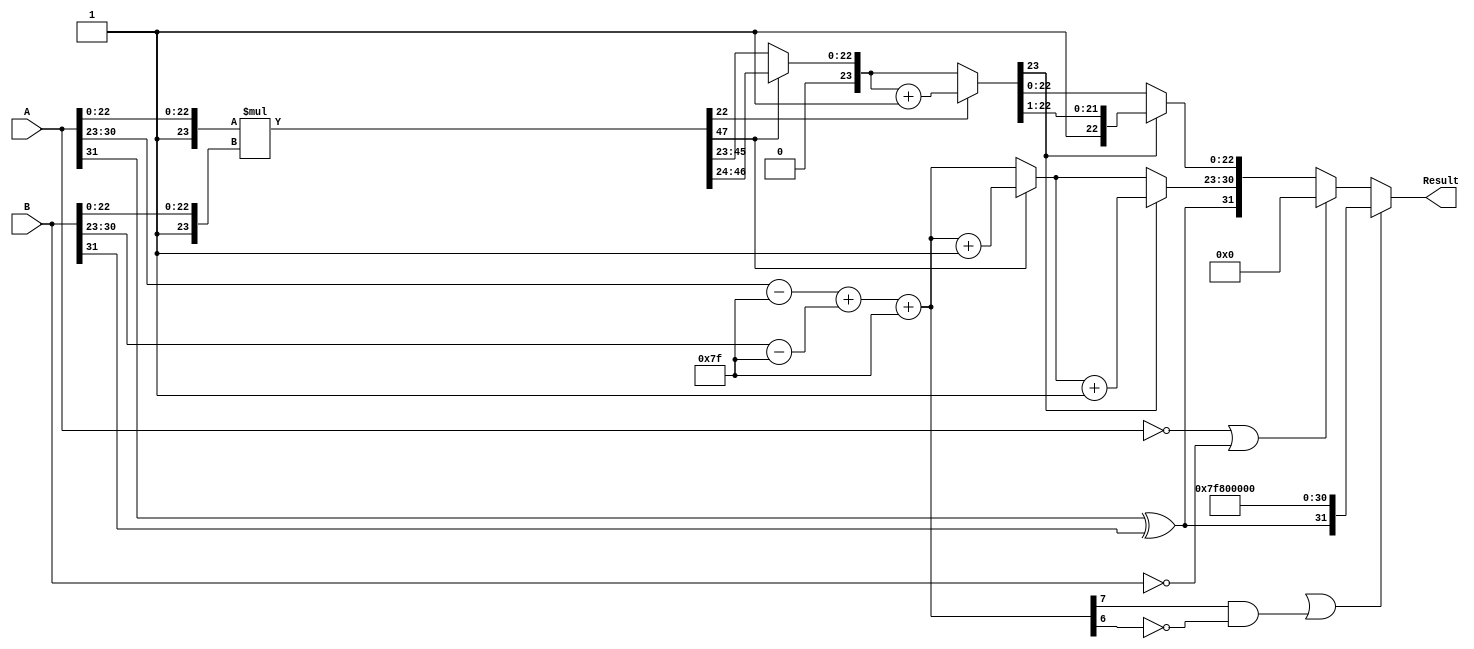
module fp_multiplier (
    input  wire [31:0] A, // First operand
    input  wire [31:0] B, // Second operand
    output reg  [31:0] Result // Product of A and B
);

    // Constants
    localparam BIAS = 127;
    localparam FRAC_WIDTH = 23;
    localparam EXP_WIDTH = 8;

    // Internal signals
    wire sign_A = A[31];
    wire sign_B = B[31];
    wire [EXP_WIDTH-1:0] exp_A = A[30:23];
    wire [EXP_WIDTH-1:0] exp_B = B[30:23];
    wire [FRAC_WIDTH-1:0] frac_A = A[22:0];
    wire [FRAC_WIDTH-1:0] frac_B = B[22:0];
    
    wire [23:0] mantissa_A = {1'b1, frac_A}; // Normalize A
    wire [23:0] mantissa_B = {1'b1, frac_B}; // Normalize B
    wire [47:0] mantissa_product = mantissa_A * mantissa_B; // 48-bit result

    // Calculate resulting sign
    wire result_sign = sign_A ^ sign_B;

    // Calculate resulting exponent
    wire [EXP_WIDTH-1:0] exp_A_bias = exp_A - BIAS;
    wire [EXP_WIDTH-1:0] exp_B_bias = exp_B - BIAS;
    wire [EXP_WIDTH-1:0] result_exp_bias = exp_A_bias + exp_B_bias + BIAS;

    // Resulting exponent overflow detection
    wire exp_overflow = result_exp_bias[EXP_WIDTH] | (result_exp_bias[EXP_WIDTH-1] & ~result_exp_bias[EXP_WIDTH-2]);

    // Normalization of mantissa
    reg [23:0] final_mantissa;
    reg [EXP_WIDTH-1:0] result_exponent;

    always @(*) begin
        if (exp_overflow) begin
            // Overflow case; Set to infinity
            Result = {result_sign, 8'hFF, 23'b0};
        end else begin
            // Normalization cases
            if (mantissa_product[47]) begin
                // Overflow during multiplication, shift right
                final_mantissa = mantissa_product[46:24]; // Shift right
                result_exponent = result_exp_bias + 1; // Increment exponent
            end else begin
                // No overflow, use mantissa directly
                final_mantissa = mantissa_product[45:23]; // Use top 23 bits
                result_exponent = result_exp_bias;
            end

            // Rounding (basic rounding, can be improved)
            if (mantissa_product[22]) begin
                final_mantissa = final_mantissa + 1; // Round up if last bit is 1
            end

            // Check for overflow in mantissa after rounding
            if (final_mantissa[23]) begin
                final_mantissa = final_mantissa >> 1;
                result_exponent = result_exponent + 1;
            end

            // Handle case for zero result
            if ((A == 32'b0) || (B == 32'b0)) begin
                Result = 32'b0;
            end else begin
                Result = {result_sign, result_exponent[EXP_WIDTH-1:0], final_mantissa[22:0]};
            end
        end
    end

endmodule